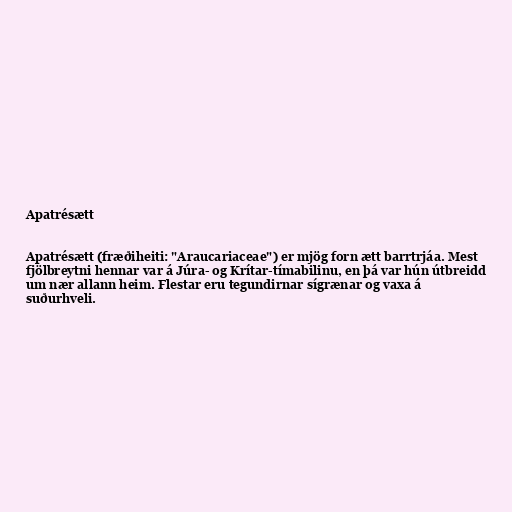
Apatrésætt

Apatrésætt (fræðiheiti: "Araucariaceae") er mjög forn ætt barrtrjáa. Mest
fjölbreytni hennar var á Júra- og Krítar-tímabilinu, en þá var hún útbreidd
um nær allann heim. Flestar eru tegundirnar sígrænar og vaxa á
suðurhveli.